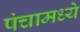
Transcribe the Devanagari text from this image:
पंचामध्ये